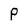
Character: P